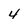
Character: 4